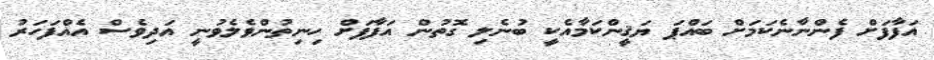
އަފާފަށް ފެންނާނެކަމަށް ބައްޕަ ޔަޤީންކަމާއެކީ ބުނެލި ގޮތުން އަފާފަށް ހިނިތުންވެލެވުނީ އަދިވެސް އެއްފަހަރު